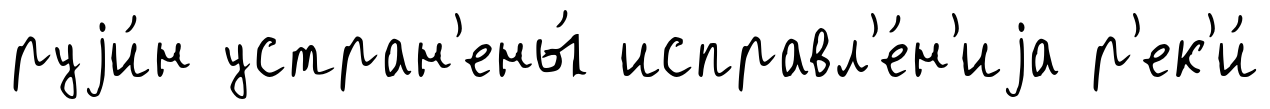
руjи́н устран'ены́ исправл'е́н'иjа р'ек'и́